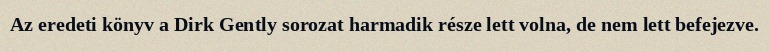
Az eredeti könyv a Dirk Gently sorozat harmadik része lett volna, de nem lett befejezve.